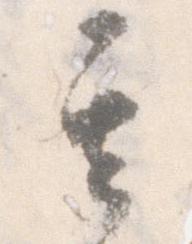
其